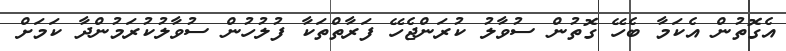
އެގޮތުން އެކަމާ ބެހޭ ގޮތުން ސުވާލު ކުރަންޖެހޭ ފަރާތްތަކާ ފުލުހުން ސުވާލުކުރަމުންދާ ކަމަށް